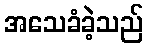
အသေခံခဲ့သည်